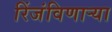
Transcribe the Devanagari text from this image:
रिंजंविणार्‍या